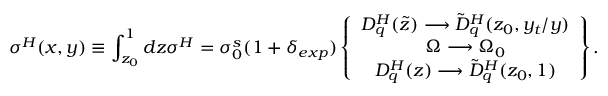
\sigma ^ { H } ( x , y ) \equiv \int _ { z _ { 0 } } ^ { 1 } d z \sigma ^ { H } = \sigma _ { 0 } ^ { s } ( 1 + \delta _ { e x p } ) \left\{ \begin{array} { c } { { D _ { q } ^ { H } ( \tilde { z } ) \longrightarrow \tilde { D } _ { q } ^ { H } ( z _ { 0 } , y _ { t } / y ) } } \\ { { \Omega \longrightarrow \Omega _ { 0 } } } \\ { { D _ { q } ^ { H } ( z ) \longrightarrow \tilde { D } _ { q } ^ { H } ( z _ { 0 } , 1 ) } } \end{array} \right\} .